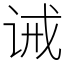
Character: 诫